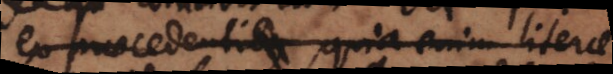
praecedenti, quia enim literae